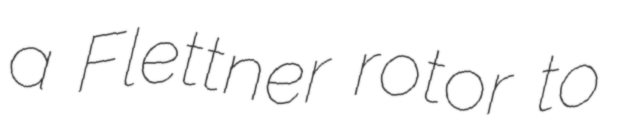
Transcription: a Flettner rotor to